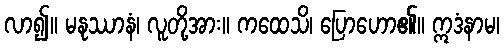
လာ၍။ မနုဿာနံ၊ လူတို့အား။ ကထေသိ၊ ပြောဟော၏။ ဣဒံနာမ၊